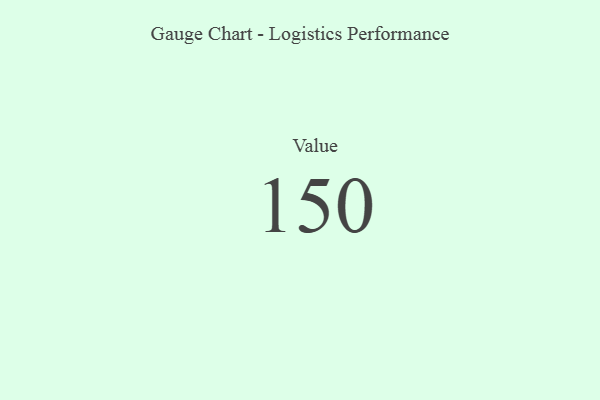
{"axis": {"x": "Metric", "y": "Value"}, "legend": [""], "data": [{"x": "Value", "y": 150, "type": ""}]}